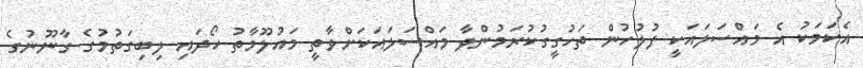
އެކަމަކު އެ މައްސަލައަކީ ފުލުހުން ތަހުގީގުކުރަމުންދާ މައްސަލައަކަށްވާތީ މައުލޫމާތު ހޯދައި ލިބިގަތުމުގެ ގާނޫނުގެ